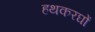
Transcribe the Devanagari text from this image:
हथकरघों